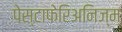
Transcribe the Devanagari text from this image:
पेस्टाफेरिअनिज्म